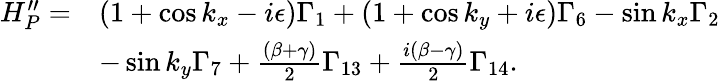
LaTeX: \begin{array}{rl}{H_{P}^{\prime\prime}=}&{(1+\cos k_{x}-i\epsilon)\Gamma_{1}+(1+\cos k_{y}+i\epsilon)\Gamma_{6}-\sin k_{x}\Gamma_{2}}\\ &{-\sin k_{y}\Gamma_{7}+\frac{(\beta+\gamma)}{2}\Gamma_{13}+\frac{i(\beta-\gamma)}{2}\Gamma_{14}.}\end{array}